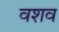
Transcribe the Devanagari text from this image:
वशव